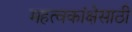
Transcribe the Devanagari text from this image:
महत्वकांक्षेसाठी